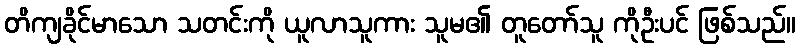
တိကျခိုင်မာသော သတင်းကို ယူလာသူကား သူမ၏ တူတော်သူ ကိုဦးပင် ဖြစ်သည်။